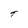
Character: T